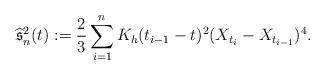
LaTeX: \begin{align*}\widehat{\mathfrak{s}}_n^2(t):=\frac{2}{3}\sum_{i=1}^nK_h(t_{i-1}-t)^2(X_{t_i}-X_{t_{i-1}})^4.\end{align*}